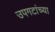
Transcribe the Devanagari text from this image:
उपगटांच्या